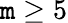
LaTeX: \mathtt{m}\ge5